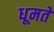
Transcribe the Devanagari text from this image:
धूमते